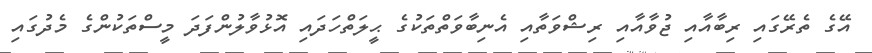
އޭގެ ތެރޭގައި ރިބާއާއި ޖުވާއާއި ރިޝްވަތާއި އެނިބާވަތްތަކުގެ ޙީލަތްހަދައި އޮޅުވާލުންފަދަ މީސްތަކުންގެ މެދުގައި